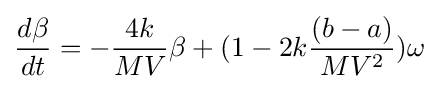
{\frac {d\beta }{dt}}=-{\frac {4k}{MV}}\beta +(1-2k{\frac {(b-a)}{MV^{2}}})\omega